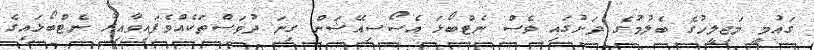
ގައުމީ މަޖިލީހުގެ ބެލުމުގެ ދަށުގައި ވެސް ނެޓްބޯޅަ އެސޯސިއޭޝަން ގިނަ ދުވަސްތަކެއްވެފައިވާއިރު ނެޓްބޯޅައިގެ